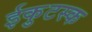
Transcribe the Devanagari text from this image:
ईकुटस्क